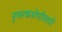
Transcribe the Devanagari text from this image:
पुस्तकश्रेणीसाठी